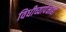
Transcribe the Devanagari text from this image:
विधीच्यापेक्षाही